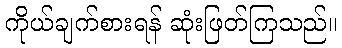
ကိုယ်ချက်စားရန် ဆုံးဖြတ်ကြသည်။